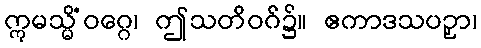
ဣမသ္မိံဝဂ္ဂေ၊ ဤသတိဝဂ်၌။ ဧကာဒသပဉှာ၊